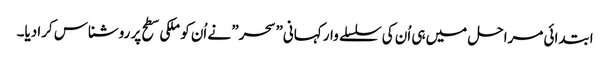
ابتدائی مراحل میں ہی اُن کی سلسلے وار کہانی” سحر” نے اُن کو ملکی سطح پر روشناس کرادیا۔